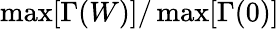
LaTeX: \operatorname*{max}[\Gamma(W)]/\operatorname*{max}[\Gamma(0)]